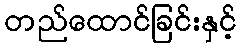
တည်ထောင်ခြင်းနှင့်